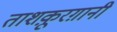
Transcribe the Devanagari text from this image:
ताशक़ूरग़ानी